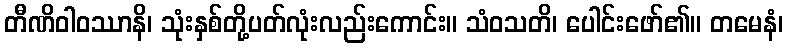
တီဏိဝါဝဿာနိ၊ သုံးနှစ်တို့ပတ်လုံးလည်းကောင်း။ သံဝသတိ၊ ပေါင်းဖော်၏။ တမေနံ၊